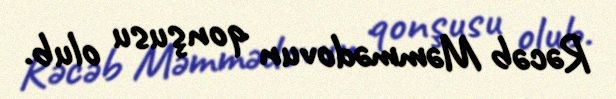
Rəcəb Məmmədovun qonşusu olub.